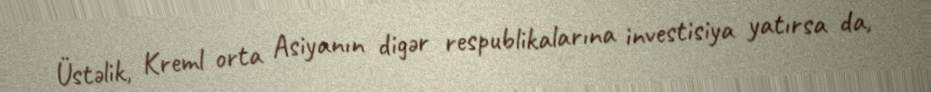
Üstəlik, Kreml orta Asiyanın digər respublikalarına investisiya yatırsa da,